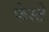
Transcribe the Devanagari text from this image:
फेस्टे